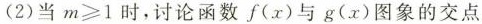
(2)当$$m ≥ 1$$时，讨论函数f(x)与g(x)图象的交点